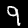
Digit: 9